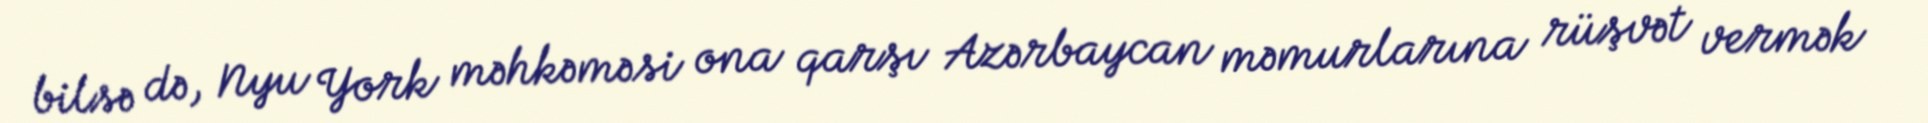
bilsə də, Nyu York məhkəməsi ona qarşı Azərbaycan məmurlarına rüşvət vermək